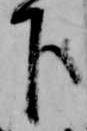
下